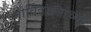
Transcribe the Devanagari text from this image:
गोविंदग्रजांच्या